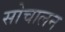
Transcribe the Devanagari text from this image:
सोचालन